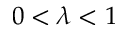
0 < \lambda < 1